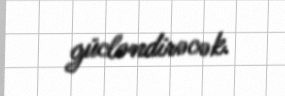
gücləndirəcək.